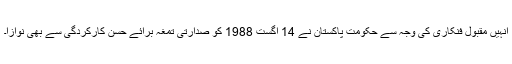
انہیں مقبول فنکاری کی وجہ سے حکومت پاکستان نے 14 اگست 1988 کو صدارتی تمغہ برائے حسن کارکردگی سے بھی نوازا۔